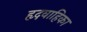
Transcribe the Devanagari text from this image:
हृदवाहिका